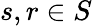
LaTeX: s,r\in S